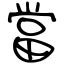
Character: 當